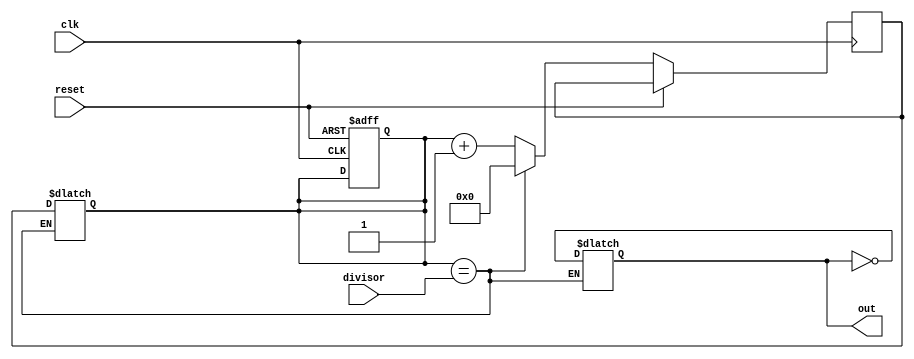
module johnson_counter_clock_divider (
    input clk,
    input reset,
    input [3:0] divisor,
    output reg out
);

reg [7:0] counter;
reg [7:0] next_counter;

always @ (posedge clk or posedge reset) begin
    if (reset) begin
        counter <= 8'b0;
    end else begin
        if (counter == divisor) begin
            next_counter <= 8'b0;
        end else begin
            next_counter <= counter + 1;
        end
    end
end

always @* begin
    if (counter == divisor) begin
        out <= ~out;
        counter <= next_counter;
    end
end

endmodule